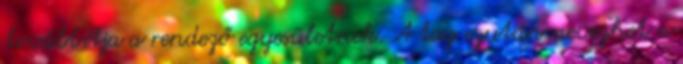
továbbítja a rendező egyesületnek. A tag ezután nevezhet a